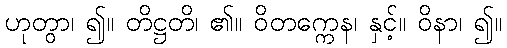
ဟုတွာ၊ ၍။ တိဋ္ဌတိ၊ ၏။ ဝိတက္ကေန၊ နှင့်။ ဝိနာ၊ ၍။